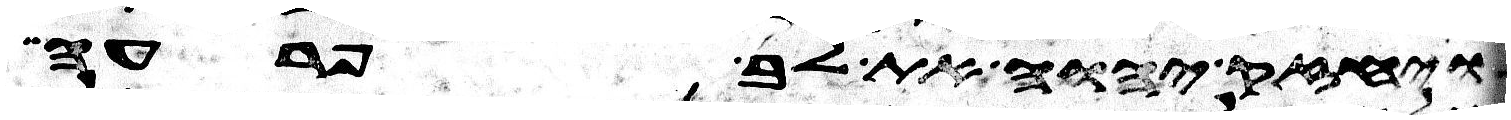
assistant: ויחזק יהוה את לב פרעה